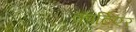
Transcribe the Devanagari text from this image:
कार्टिएर